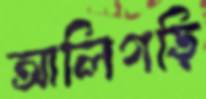
আলিগড়ি